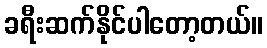
ခရီးဆက်နိုင်ပါတော့တယ်။